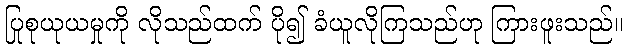
ပြုစုယုယမှုကို လိုသည်ထက် ပို၍ ခံယူလိုကြသည်ဟု ကြားဖူးသည်။